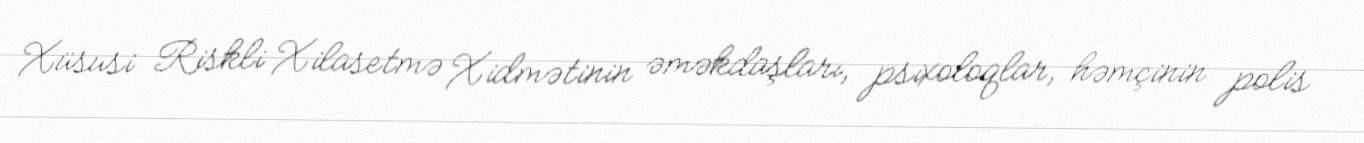
Xüsusi Riskli Xilasetmə Xidmətinin əməkdaşları, psixoloqlar, həmçinin polis